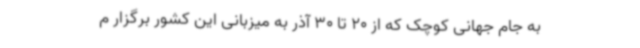
به جام جهانی کوچک که از 20 تا 30 آذر به میزبانی این کشور برگزار م